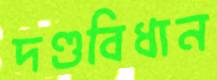
দণ্ডবিধান